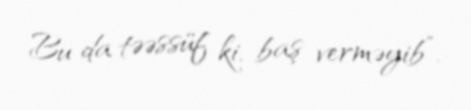
Bu da təəssüf ki, baş verməyib”.